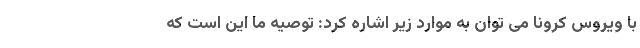
با ویروس کرونا می توان به موارد زیر اشاره کرد: توصیه ما این است که